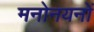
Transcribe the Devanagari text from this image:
मनोनयनों